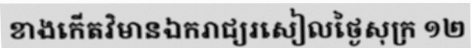
ខាងកើតវិមានឯករាជ្យរសៀលថ្ងៃសុក្រ ១២